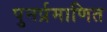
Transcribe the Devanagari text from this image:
पुनर्प्रमाणित